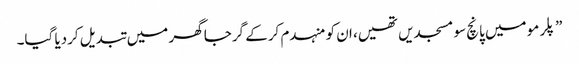
”پلرمو میں پانچ سو مسجدیں تھیں، ان کو منہدم کرکے گرجا گھر میں تبدیل کردیا گیا۔